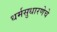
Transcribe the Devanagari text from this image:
धर्मसुधारणेचे